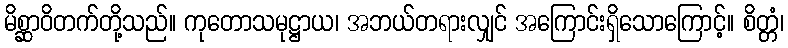
မိစ္ဆာဝိတက်တို့သည်။ ကုတောသမုဋ္ဌာယ၊ အဘယ်တရားလျှင် အကြောင်းရှိသောကြောင့်။ စိတ္တံ၊